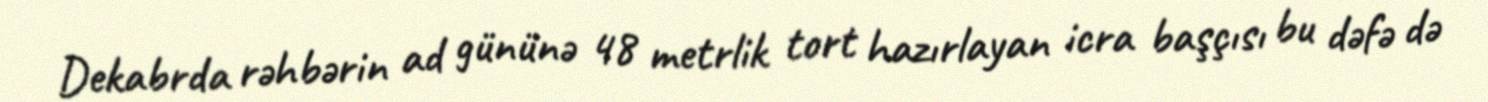
Dekabrda rəhbərin ad gününə 48 metrlik tort hazırlayan icra başçısı bu dəfə də